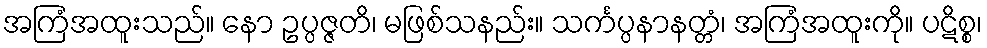
အကြံအထူးသည်။ နော ဥပ္ပဇ္ဇတိ၊ မဖြစ်သနည်း။ သင်္ကပ္ပနာနတ္တံ၊ အကြံအထူးကို။ ပဋိစ္စ၊